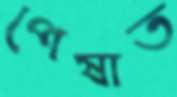
পেষাত